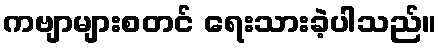
ကဗျာများစတင် ရေးသားခဲ့ပါသည်။